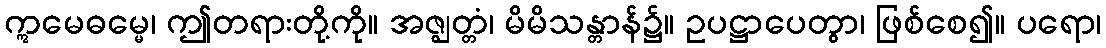
ဣမေဓမ္မေ၊ ဤတရားတို့ကို။ အဇ္ဈတ္တံ၊ မိမိသန္တာန်၌။ ဥပဋ္ဌာပေတွာ၊ ဖြစ်စေ၍။ ပရော၊